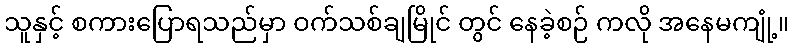
သူနှင့် စကားပြောရသည်မှာ ဝက်သစ်ချမြိုင် တွင် နေခဲ့စဉ် ကလို အနေမကျုံ့။